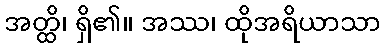
အတ္ထိ၊ ရှိ၏။ အဿ၊ ထိုအရိယာသာ